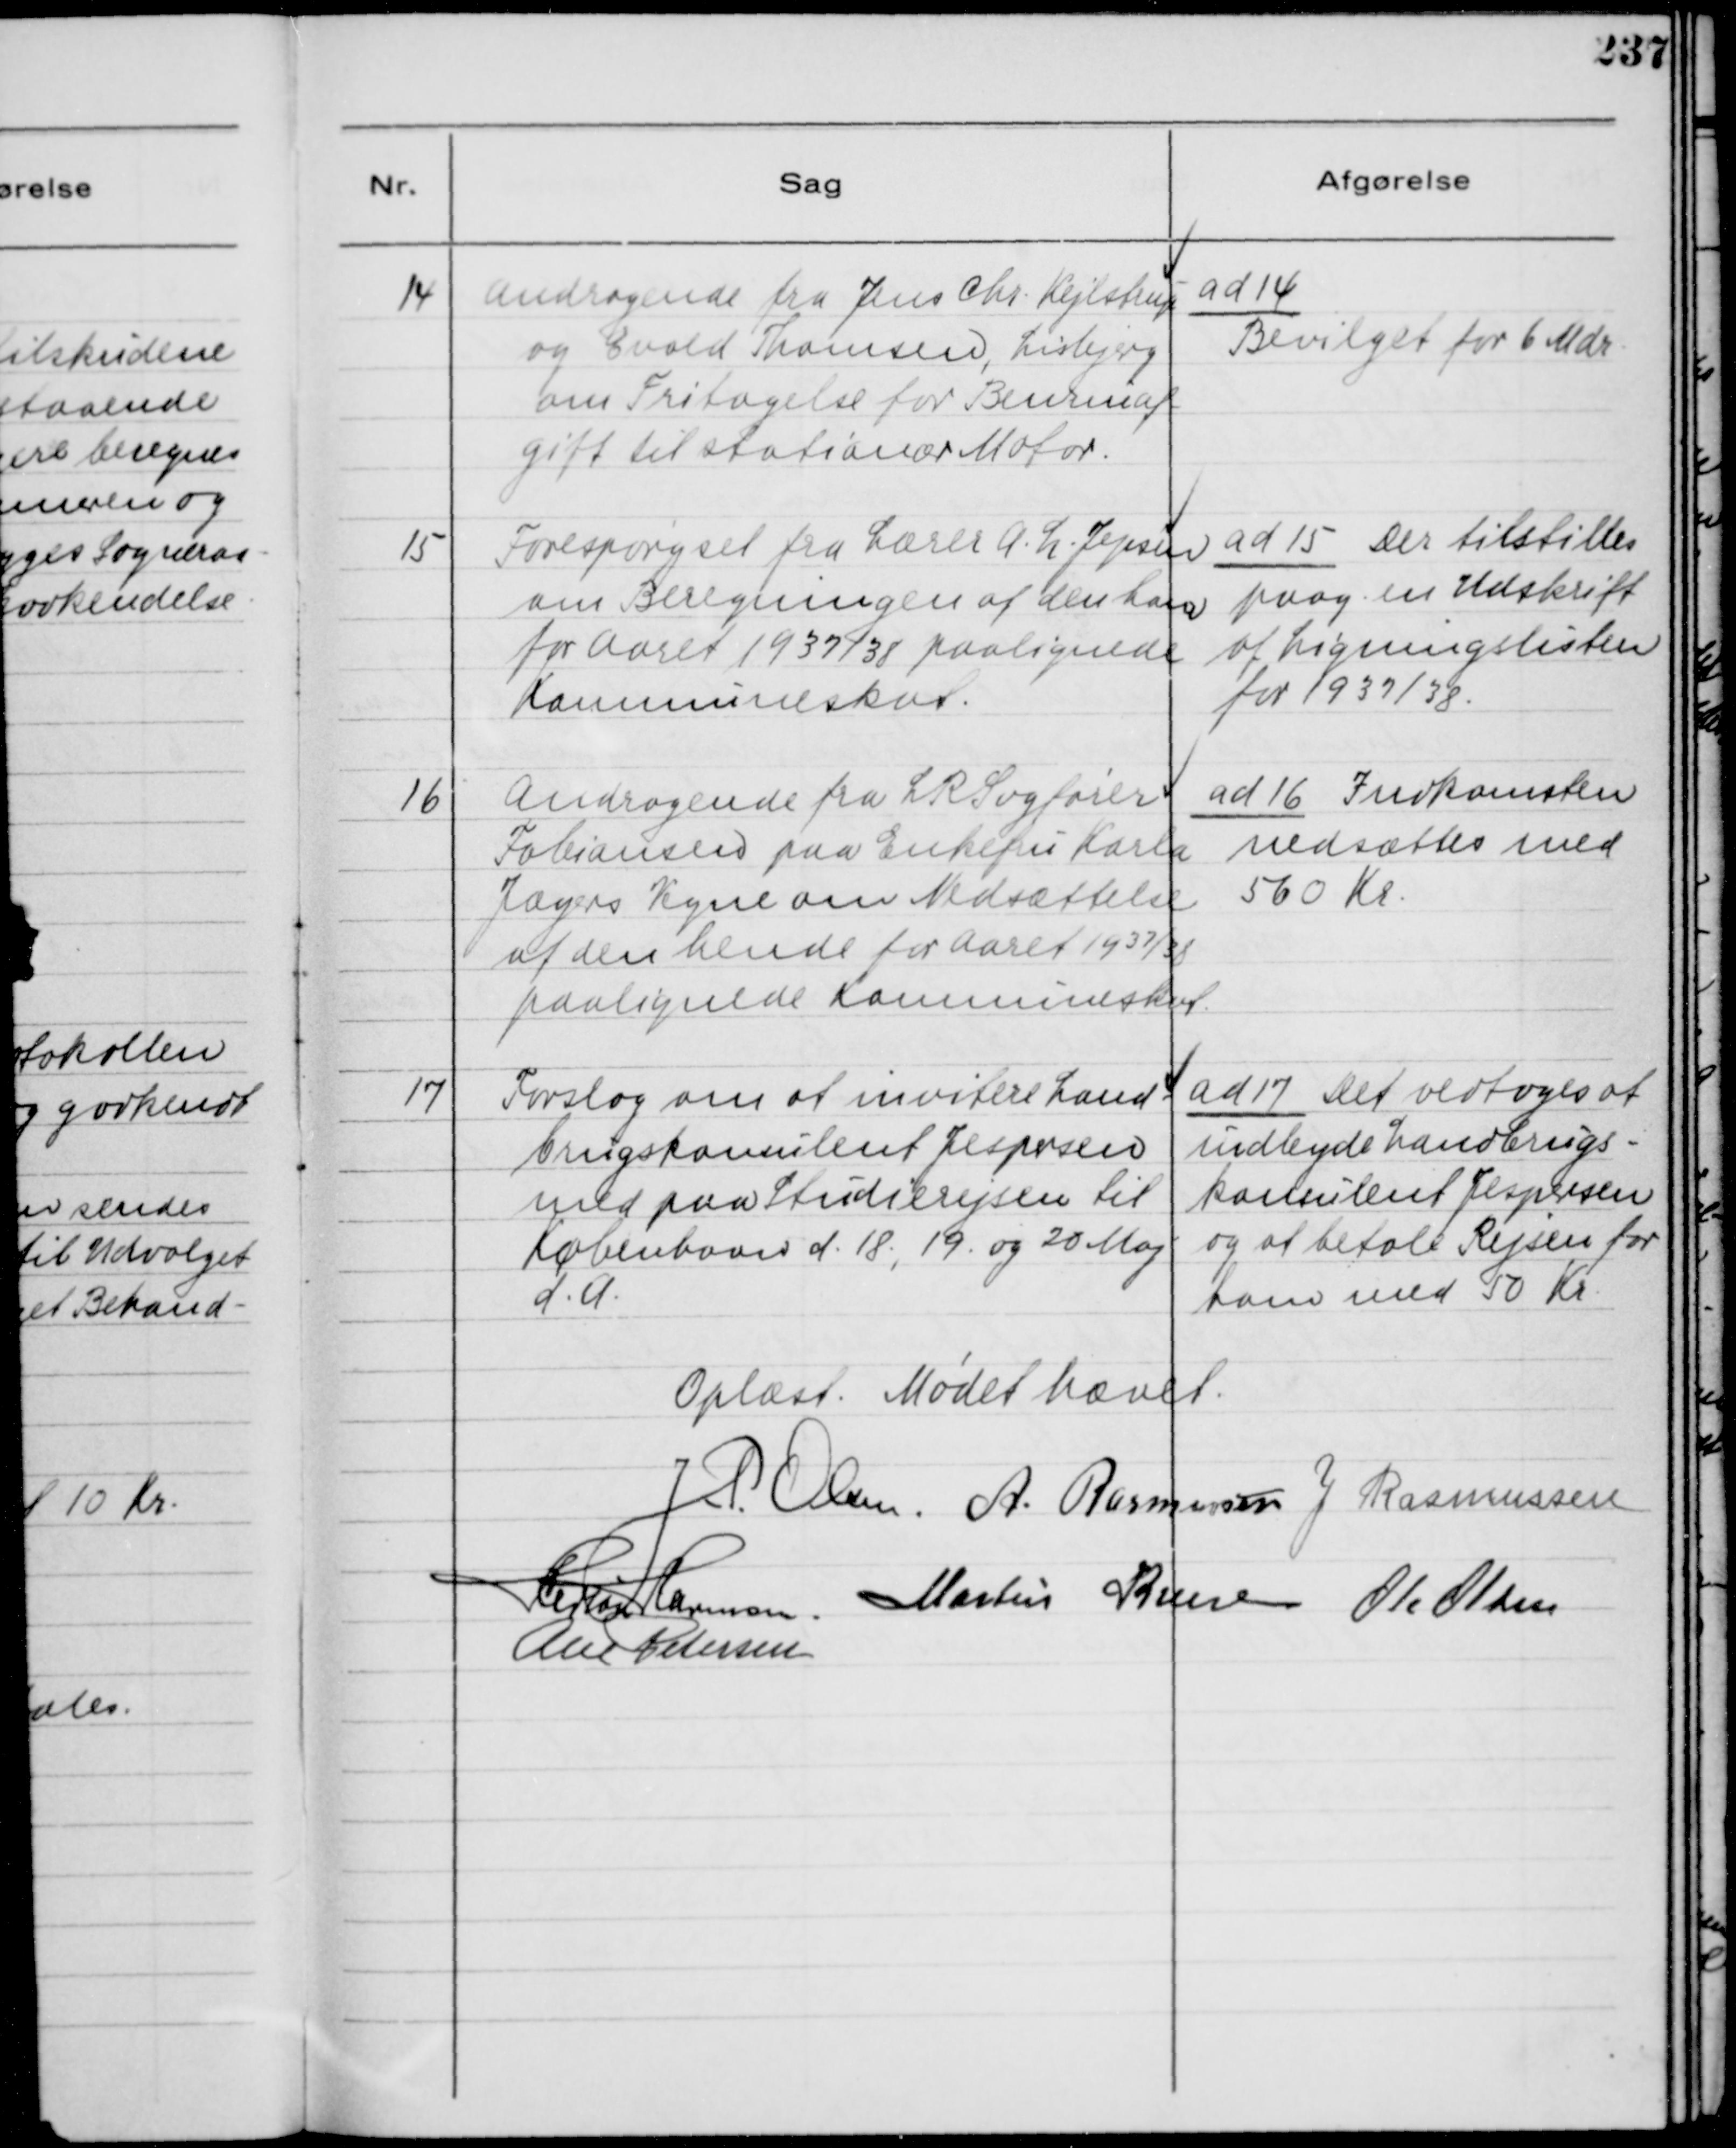
Transskription:
14
Andragende fra Jens Chr. Kejlstrup
og Evald Thomsen, Lisbjerg
om Fritagelse for Benzinaf-
gift til stationær Motor.

ad 14
Bevilget for 6 Mdr.

15
Forespørgsel fra Lærer A. L. Jepsen
om Beregningen af den han
for Aaret 1937/38 paalignede
Kommuneskat.

ad 15 Der tilstilles
paag. en Udskrift
og Ligningslisten
for 1937/38.

16
Andragende fra LR Sagfører
Fobiansen paa Enkefru Karla
Jægers Vegne om Nedsættelse
af den hende for Aaret 1937/38
paalignede Kommuneskat.

ad 16 Indkomsten
nedsættes med
560 Kr.

17
Forslag om at invitere Land-
brugskonsulent Jespersen
med paa Studierejsen til
København d. 18., 19. og 20 Maj
d. A.

ad 17 Det vedtoges at
indbyde Landbrugs-
konsulent Jespersen
og at betale Rejsen for
ham med 50 Kr.

Oplæst. Mødet hævet.
J. P. Olsen
A. Rasmusen
J. Rasmussen
Herlou Harmsen
Martin Kruse
Ole Olsen
Alex Petersen